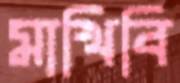
মাখিবি